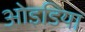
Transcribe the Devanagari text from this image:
ओइडिया